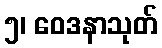
၅၊ ဝေဒနာသုတ်